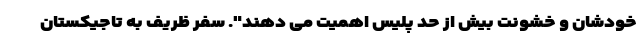
خودشان و خشونت بیش از حد پلیس اهمیت می دهند". سفر ظریف به تاجیکستان